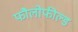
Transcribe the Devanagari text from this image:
फौलोफील्ड